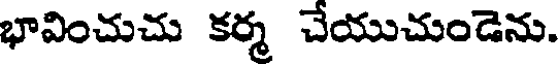
భావించుచు కర్మ చేయుచుండెను.